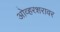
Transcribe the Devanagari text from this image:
ओव्हरशरावर